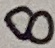
Text: 8